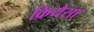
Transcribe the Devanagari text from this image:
क्रियेसा